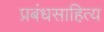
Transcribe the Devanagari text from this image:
प्रबंधसाहित्य